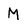
Character: M